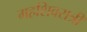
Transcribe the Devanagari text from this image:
महशिवरात्री